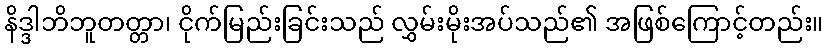
နိဒ္ဒါဘိဘူတတ္တာ၊ ငိုက်မြည်းခြင်းသည် လွှမ်းမိုးအပ်သည်၏ အဖြစ်ကြောင့်တည်း။